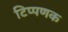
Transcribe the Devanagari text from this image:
टिप्पणक